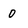
Character: 0